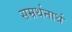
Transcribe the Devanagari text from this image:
सम्रर्थनार्थ